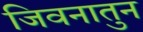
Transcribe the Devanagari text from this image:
जिवनातुन